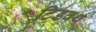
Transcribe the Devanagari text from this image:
टिडवर्थ